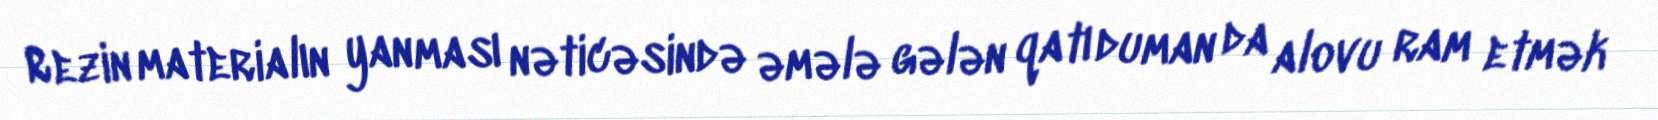
Rezin materialın yanması nəticəsində əmələ gələn qatı duman da alovu ram etmək